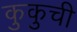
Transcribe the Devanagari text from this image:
कुकुची